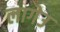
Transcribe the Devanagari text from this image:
लागेउ